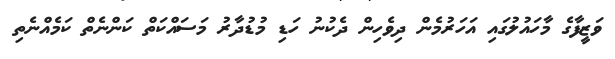
ވަޒީފާގެ މާހައުލުގައި އަހަރުމެން ދިވެހިން ދެކުނު ހަޑި މުޑުދާރު މަސައްކަތް ކަންނެތް ކަމެއްނެތި